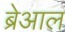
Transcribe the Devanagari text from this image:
ब्रेआल